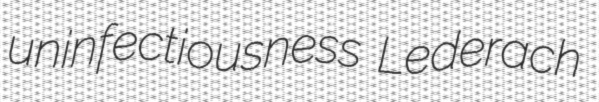
uninfectiousness Lederach